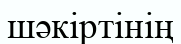
шәкіртінің